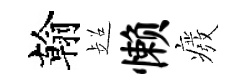
翰超懒癈